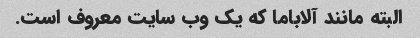
البته مانند آلاباما که یک وب سایت معروف است.